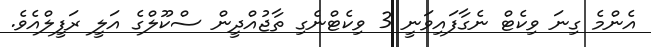
އެންމެ ގިނަ ވިކެޓް ނެގާފައިވަނީ 3 ވިކެޓްނެގި ތާޖުއްދީން ސްކޫލްގެ އަލީ ރަފީލްއެވެ.